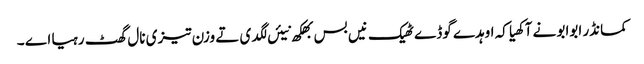
کمانڈر ابوابو نے آکھیا کہ اوہدے گوڈے ٹھیک نیں بس بھکھ نیئں لگدی تے وزن تیزی نال گھٹ رہیا اے ۔